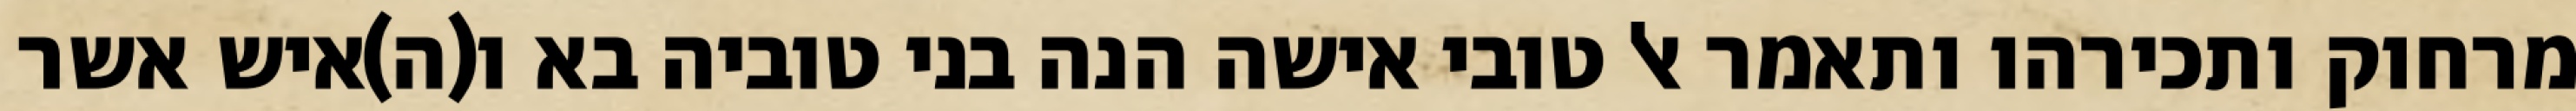
מרחוק ותכירהו ותאמר אל טובי אישה הנה בני טוביה בא ו(ה)איש אשר